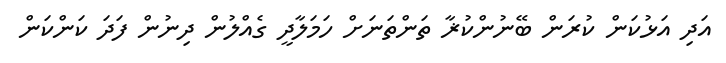
އަދި އަޅުކަން ކުރަން ބޭނުންކުޜާ ތަންތަނަށް ހަމަލާދީ ގެއްލުން ދިނުން ފަދަ ކަންކަން